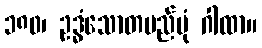
၁၈၀၊ ဥဒ္ဓံသောတမည်ပုံ ဂါထာ။